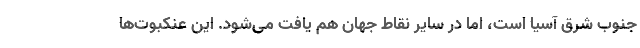
جنوب شرق آسیا است، اما در سایر نقاط جهان هم یافت می‌شود. این عنکبوت‌ها